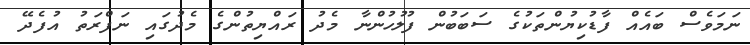
ނަމަވެސް ބައެއް ފާޑުކިޔުންތަކުގެ ސަބަބުން ފުލުހުންނާ މެދު ރައްޔިތުންގެ މެދުގައި ނަފްރަތު އުފެދޭ